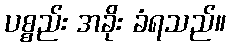
ပစ္စည်း အခိုး ခံရသည်။